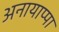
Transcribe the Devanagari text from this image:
अनायाप्पा